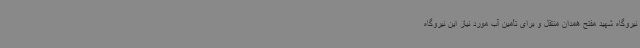
نیروگاه شهید مفتح همدان منتقل و برای تأمین آب مورد نیاز این نیروگاه